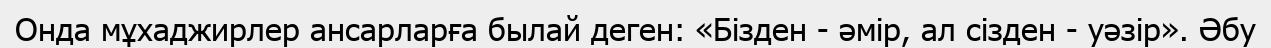
Онда мұхаджирлер ансарларға былай деген: «Бізден - әмір, ал сізден - уәзір». Әбу